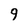
Character: 9